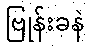
ဗြုန်းခနဲ